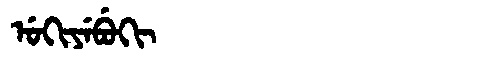
Manchu: ᡠᡴᡳᠶᡝᠪᡠᡴᡳ
Romanization: UKIYEBUKI